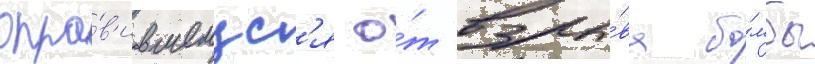
опра́в'ившемус'я о́т взры́ва бо́мбы